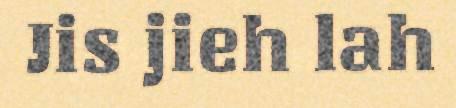
Jis jieh lah